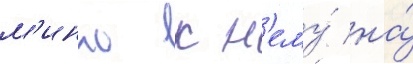
м'инко к н'ему́ на́